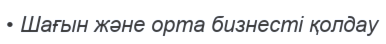
• Шағын және орта бизнесті қолдау